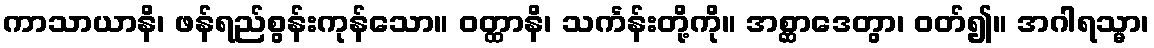
ကာသာယာနိ၊ ဖန်ရည်စွန်းကုန်သော။ ဝတ္ထာနိ၊ သင်္ကန်းတို့ကို။ အစ္ဆာဒေတွာ၊ ဝတ်၍။ အဂါရသ္မာ၊